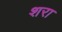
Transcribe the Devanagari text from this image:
शरा